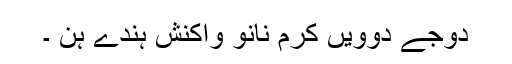
دوجے دوویں کرم نانوَ واکنش ہندے ہن ۔